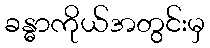
ခန္ဓာကိုယ်အတွင်းမှ